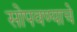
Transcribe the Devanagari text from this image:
सोपवण्याचे